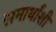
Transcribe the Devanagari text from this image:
समार्थांशी